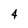
Character: 4